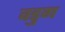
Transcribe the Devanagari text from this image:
वडुग